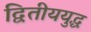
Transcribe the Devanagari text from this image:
द्वितीययुद्ध